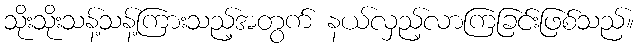
သိုးသိုးသန့်သန့်ကြားသည့်အတွက် နယ်လှည့်လာကြခြင်းဖြစ်သည်။